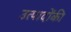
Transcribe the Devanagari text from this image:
उत्पादोंकी